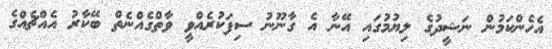
އެހެންކަމުން ނަޝީދުގެ ލިޔުމުގައި އޭނާ އެ ގާނޫނު ސިފަކުރެއްވީ ވާތްގެއްނެތް ބޭކާރު އެއްޗެއްގެ